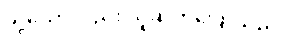
သို့သော်လည်း သူဆက်ပြောသည်။